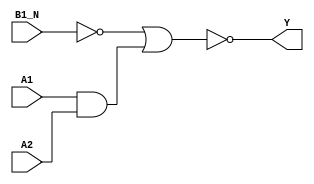
/*
 * Copyright 2020 The SkyWater PDK Authors
 *
 * Licensed under the Apache License, Version 2.0 (the "License");
 * you may not use this file except in compliance with the License.
 * You may obtain a copy of the License at
 *
 *     https://www.apache.org/licenses/LICENSE-2.0
 *
 * Unless required by applicable law or agreed to in writing, software
 * distributed under the License is distributed on an "AS IS" BASIS,
 * WITHOUT WARRANTIES OR CONDITIONS OF ANY KIND, either express or implied.
 * See the License for the specific language governing permissions and
 * limitations under the License.
 *
 * SPDX-License-Identifier: Apache-2.0
*/


`ifndef SKY130_FD_SC_HD__A21BOI_BEHAVIORAL_V
`define SKY130_FD_SC_HD__A21BOI_BEHAVIORAL_V

/**
 * a21boi: 2-input AND into first input of 2-input NOR,
 *         2nd input inverted.
 *
 *         Y = !((A1 & A2) | (!B1_N))
 *
 * Verilog simulation functional model.
 */

`timescale 1ns / 1ps
`default_nettype none

`celldefine
module sky130_fd_sc_hd__a21boi (
    Y   ,
    A1  ,
    A2  ,
    B1_N
);

    // Module ports
    output Y   ;
    input  A1  ;
    input  A2  ;
    input  B1_N;

    // Module supplies
    supply1 VPWR;
    supply0 VGND;
    supply1 VPB ;
    supply0 VNB ;

    // Local signals
    wire b         ;
    wire and0_out  ;
    wire nor0_out_Y;

    //  Name  Output      Other arguments
    not not0 (b         , B1_N           );
    and and0 (and0_out  , A1, A2         );
    nor nor0 (nor0_out_Y, b, and0_out    );
    buf buf0 (Y         , nor0_out_Y     );

endmodule
`endcelldefine

`default_nettype wire
`endif  // SKY130_FD_SC_HD__A21BOI_BEHAVIORAL_V